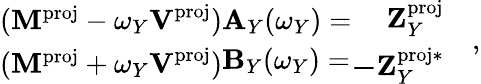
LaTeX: \begin{array}{r}{\begin{array}{cc}{(\mathbf{M}^{\mathrm{proj}}-\omega_{Y}\textbf{V}^{\mathrm{proj}})}\\ {(\mathbf{M}^{\mathrm{proj}}+\omega_{Y}\textbf{V}^{\mathrm{proj}})}\end{array}\begin{array}{l}{\mathbf{A}_{Y}(\omega_{Y})=}\\ {\mathbf{B}_{Y}(\omega_{Y})=}\end{array}\begin{array}{l}{\begin{array}{rl}{\mathbf{Z}_{Y}^{\mathrm{proj}}}&{}\\ {\mathbf{-Z}_{Y}^{\mathrm{proj}*}}&{}\end{array}}\end{array},}\end{array}